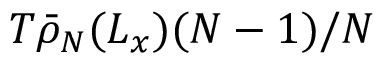
T \bar { \rho } _ { N } ( L _ { x } ) ( N - 1 ) / N